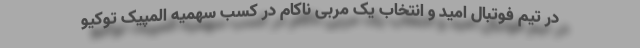
در تیم فوتبال امید و انتخاب یک مربی ناکام در کسب سهمیه المپیک توکیو